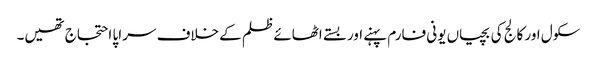
سکول اور کالج کی بچیاں یونی فارم پہنے اور بستے اٹھائے ظلم کے خلاف سراپا احتجاج تھیں۔